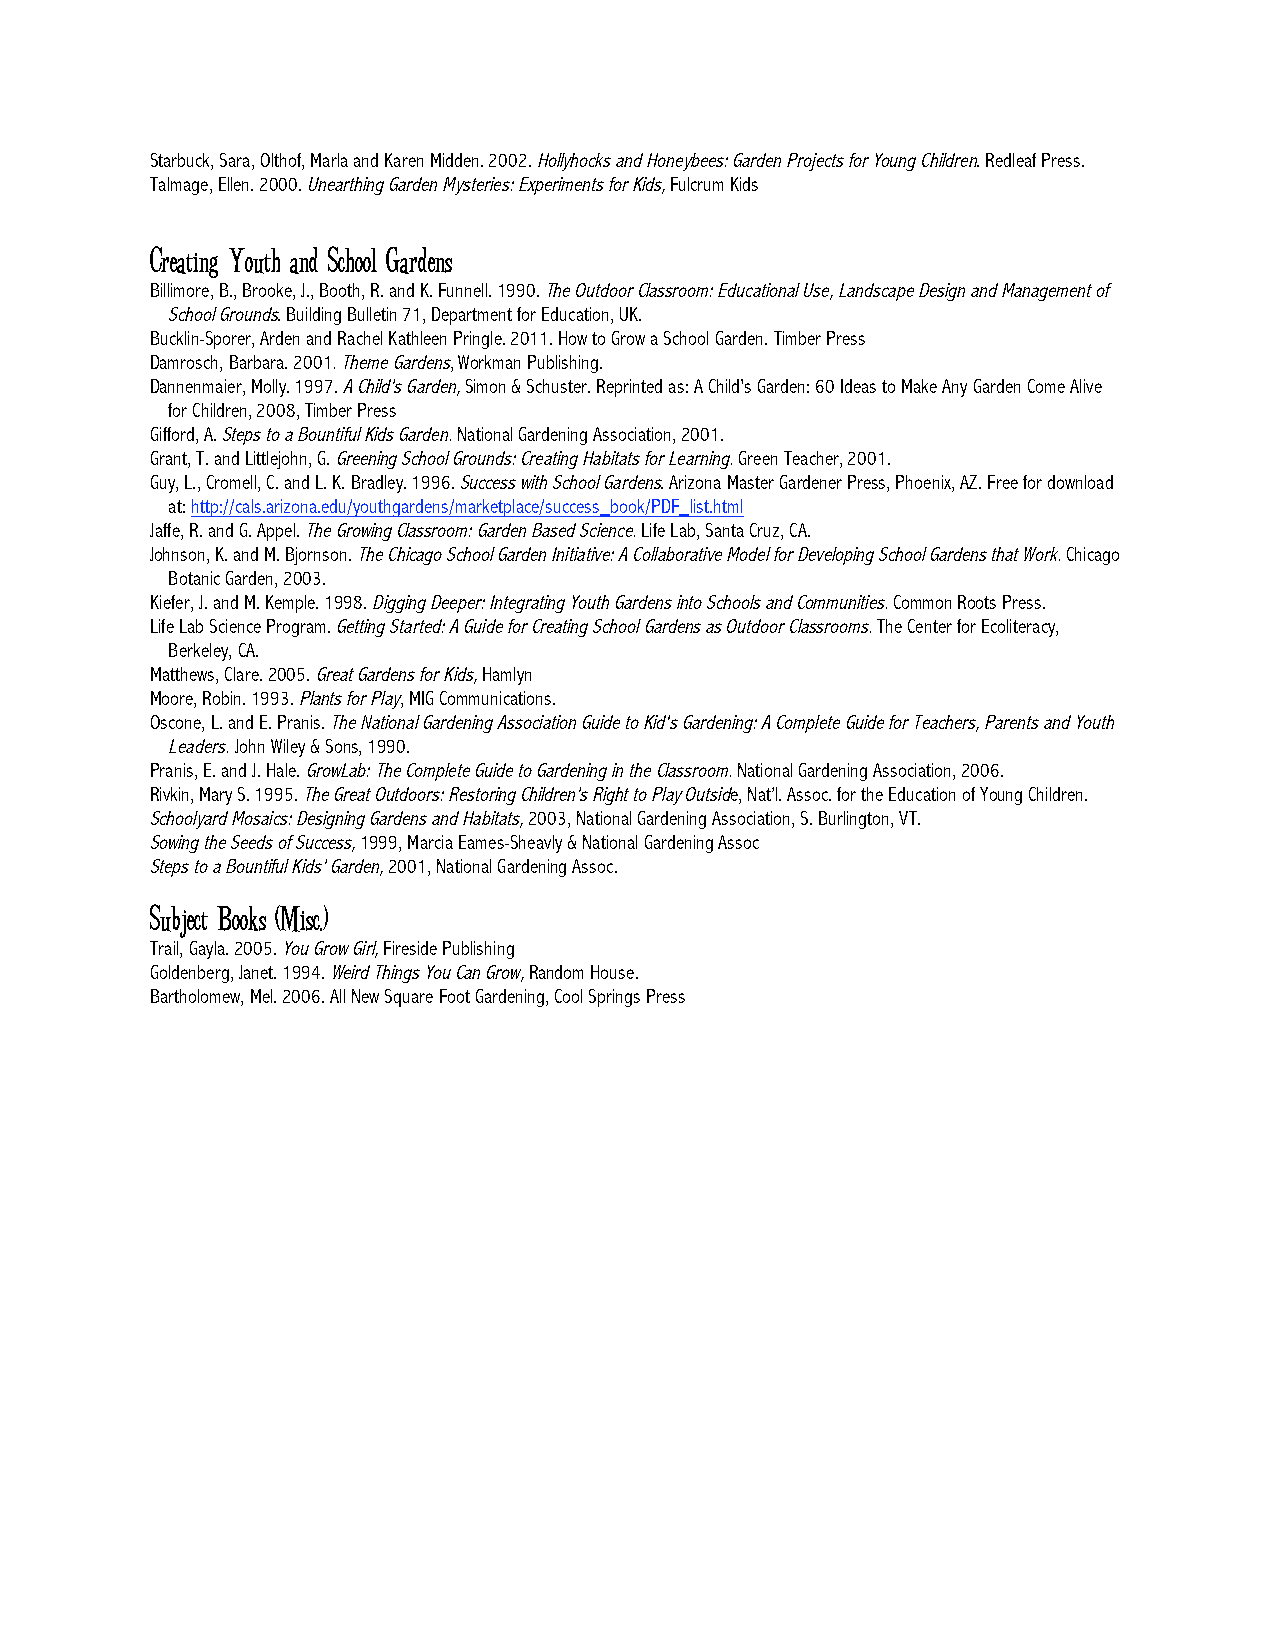
Starbuck, Sara, Olthof, Marla and Karen Midden. 2002. Hollyhocks and Honeybees: Garden Projects for Young Children. Redleaf Press.
 Talmage, Ellen. 2000. Unearthing Garden Mysteries: Experiments for Kids, Fulcrum Kids
 Creating Youth and School Gardens
 Billimore, B., Brooke, J., Booth, R. and K. Funnell. 1990. The Outdoor Classroom: Educational Use, Landscape Design and Management of
 School Grounds. Building Bulletin 71, Department for Education, UK.
 Bucklin-Sporer, Arden and Rachel Kathleen Pringle. 2011. How to Grow a School Garden. Timber Press
 Damrosch, Barbara. 2001. Theme Gardens, Workman Publishing.
 Dannenmaier, Molly. 1997. A Child’s Garden, Simon & Schuster. Reprinted as: A Child's Garden: 60 Ideas to Make Any Garden Come Alive
 for Children, 2008, Timber Press
 Gifford, A. Steps to a Bountiful Kids Garden. National Gardening Association, 2001.
 Grant, T. and Littlejohn, G. Greening School Grounds: Creating Habitats for Learning. Green Teacher, 2001.
 Guy, L., Cromell, C. and L. K. Bradley. 1996. Success with School Gardens. Arizona Master Gardener Press, Phoenix, AZ. Free for download
 at: http://cals.arizona.edu/youthgardens/marketplace/success_book/PDF_list.html
 Jaffe, R. and G. Appel. The Growing Classroom: Garden Based Science. Life Lab, Santa Cruz, CA.
 Johnson, K. and M. Bjornson. The Chicago School Garden Initiative: A Collaborative Model for Developing School Gardens that Work. Chicago
 Botanic Garden, 2003.
 Kiefer, J. and M. Kemple. 1998. Digging Deeper: Integrating Youth Gardens into Schools and Communities. Common Roots Press.
 Life Lab Science Program. Getting Started: A Guide for Creating School Gardens as Outdoor Classrooms. The Center for Ecoliteracy,
 Berkeley, CA.
 Matthews, Clare. 2005. Great Gardens for Kids, Hamlyn
 Moore, Robin. 1993. Plants for Play, MIG Communications.
 Oscone, L. and E. Pranis. The National Gardening Association Guide to Kid's Gardening: A Complete Guide for Teachers, Parents and Youth
 Leaders. John Wiley & Sons, 1990.
 Pranis, E. and J. Hale. GrowLab: The Complete Guide to Gardening in the Classroom. National Gardening Association, 2006.
 Rivkin, Mary S. 1995. The Great Outdoors: Restoring Children’s Right to Play Outside, Nat’l. Assoc. for the Education of Young Children.
 Schoolyard Mosaics: Designing Gardens and Habitats, 2003, National Gardening Association, S. Burlington, VT.
 Sowing the Seeds of Success, 1999, Marcia Eames-Sheavly & National Gardening Assoc
 Steps to a Bountiful Kids’ Garden, 2001, National Gardening Assoc.
 Subject Books (Misc.)
 Trail, Gayla. 2005. You Grow Girl, Fireside Publishing
 Goldenberg, Janet. 1994. Weird Things You Can Grow, Random House.
 Bartholomew, Mel. 2006. All New Square Foot Gardening, Cool Springs Press